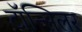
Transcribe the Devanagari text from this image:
टॉन्सिलर